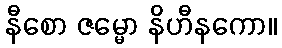
နီစော ဇမ္မော နိဟီနကော။